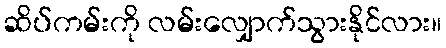
ဆိပ်ကမ်းကို လမ်းလျှောက်သွားနိုင်လား။